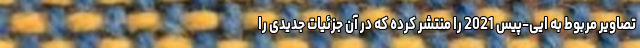
تصاویر مربوط به ایی-پیس 2021 را منتشر کرده که در آن جزئیات جدیدی را